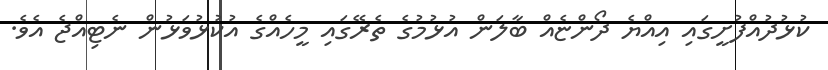
ކުޅުދުއްފުށީގައި އިއްޔެ ދޯންޏެއް ބާލަން އުޅުމުގެ ތެރޭގައި މީހެއްގެ އުކުޅުވަޅުން ނެޓިއްޖެ އެވެ.